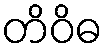
တိဝိဓ